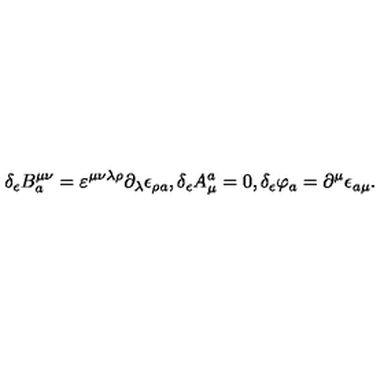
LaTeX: \delta _ { \epsilon } B _ { a } ^ { \mu \nu } = \varepsilon ^ { \mu \nu \lambda \rho } \partial _ { \lambda } \epsilon _ { \rho a } , \delta _ { \epsilon } A _ { \mu } ^ { a } = 0 , \delta _ { \epsilon } \varphi _ { a } = \partial ^ { \mu } \epsilon _ { a \mu } .